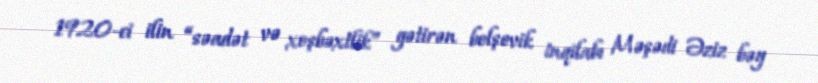
1920-ci ilin “səadət və xoşbəxtlik” gətirən bolşevik inqilabı Məşədi Əziz bəy